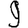
Digit: 9